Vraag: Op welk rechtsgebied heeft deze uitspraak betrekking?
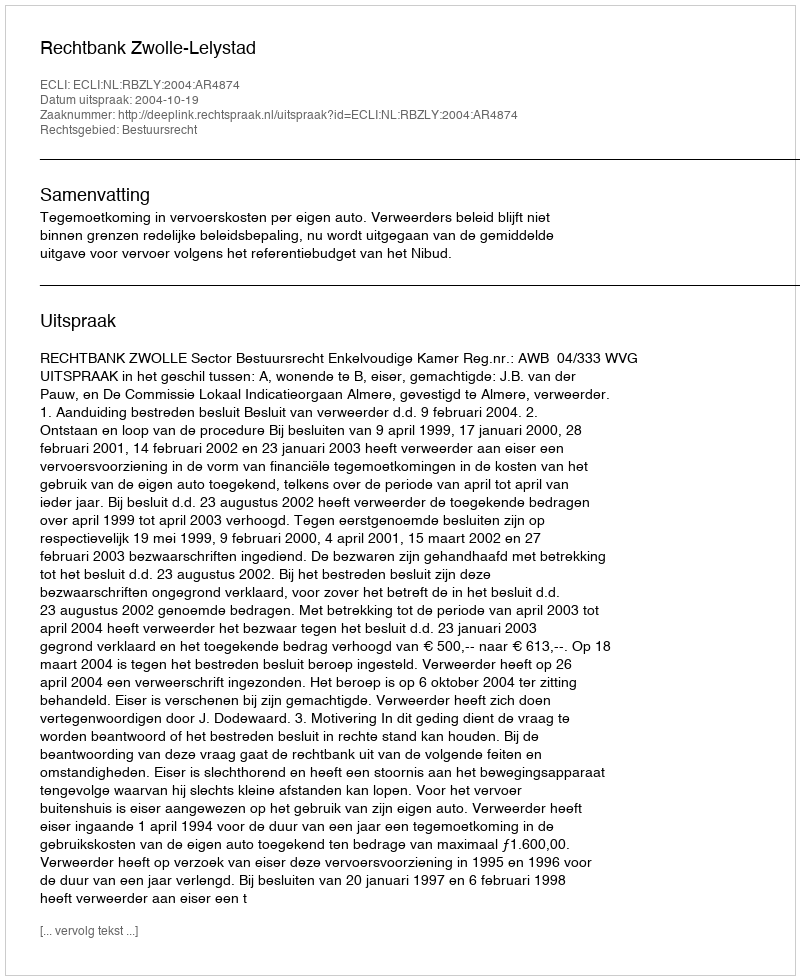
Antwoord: Bestuursrecht